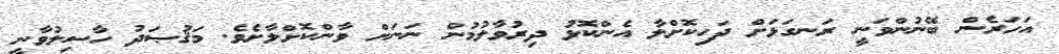
އަހަރެން ބޭނުންވަނީ ރަނގަޅަށް ދަހިކޮށްލާ އެންކޮޅު ދިރުވާލުމުން ނަނަށް ވާންކޮށްލާށެވެ. މަޤުޞަދު ހާސިލުވާނީ